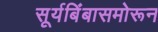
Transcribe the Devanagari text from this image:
सूर्यबिंबासमोरून